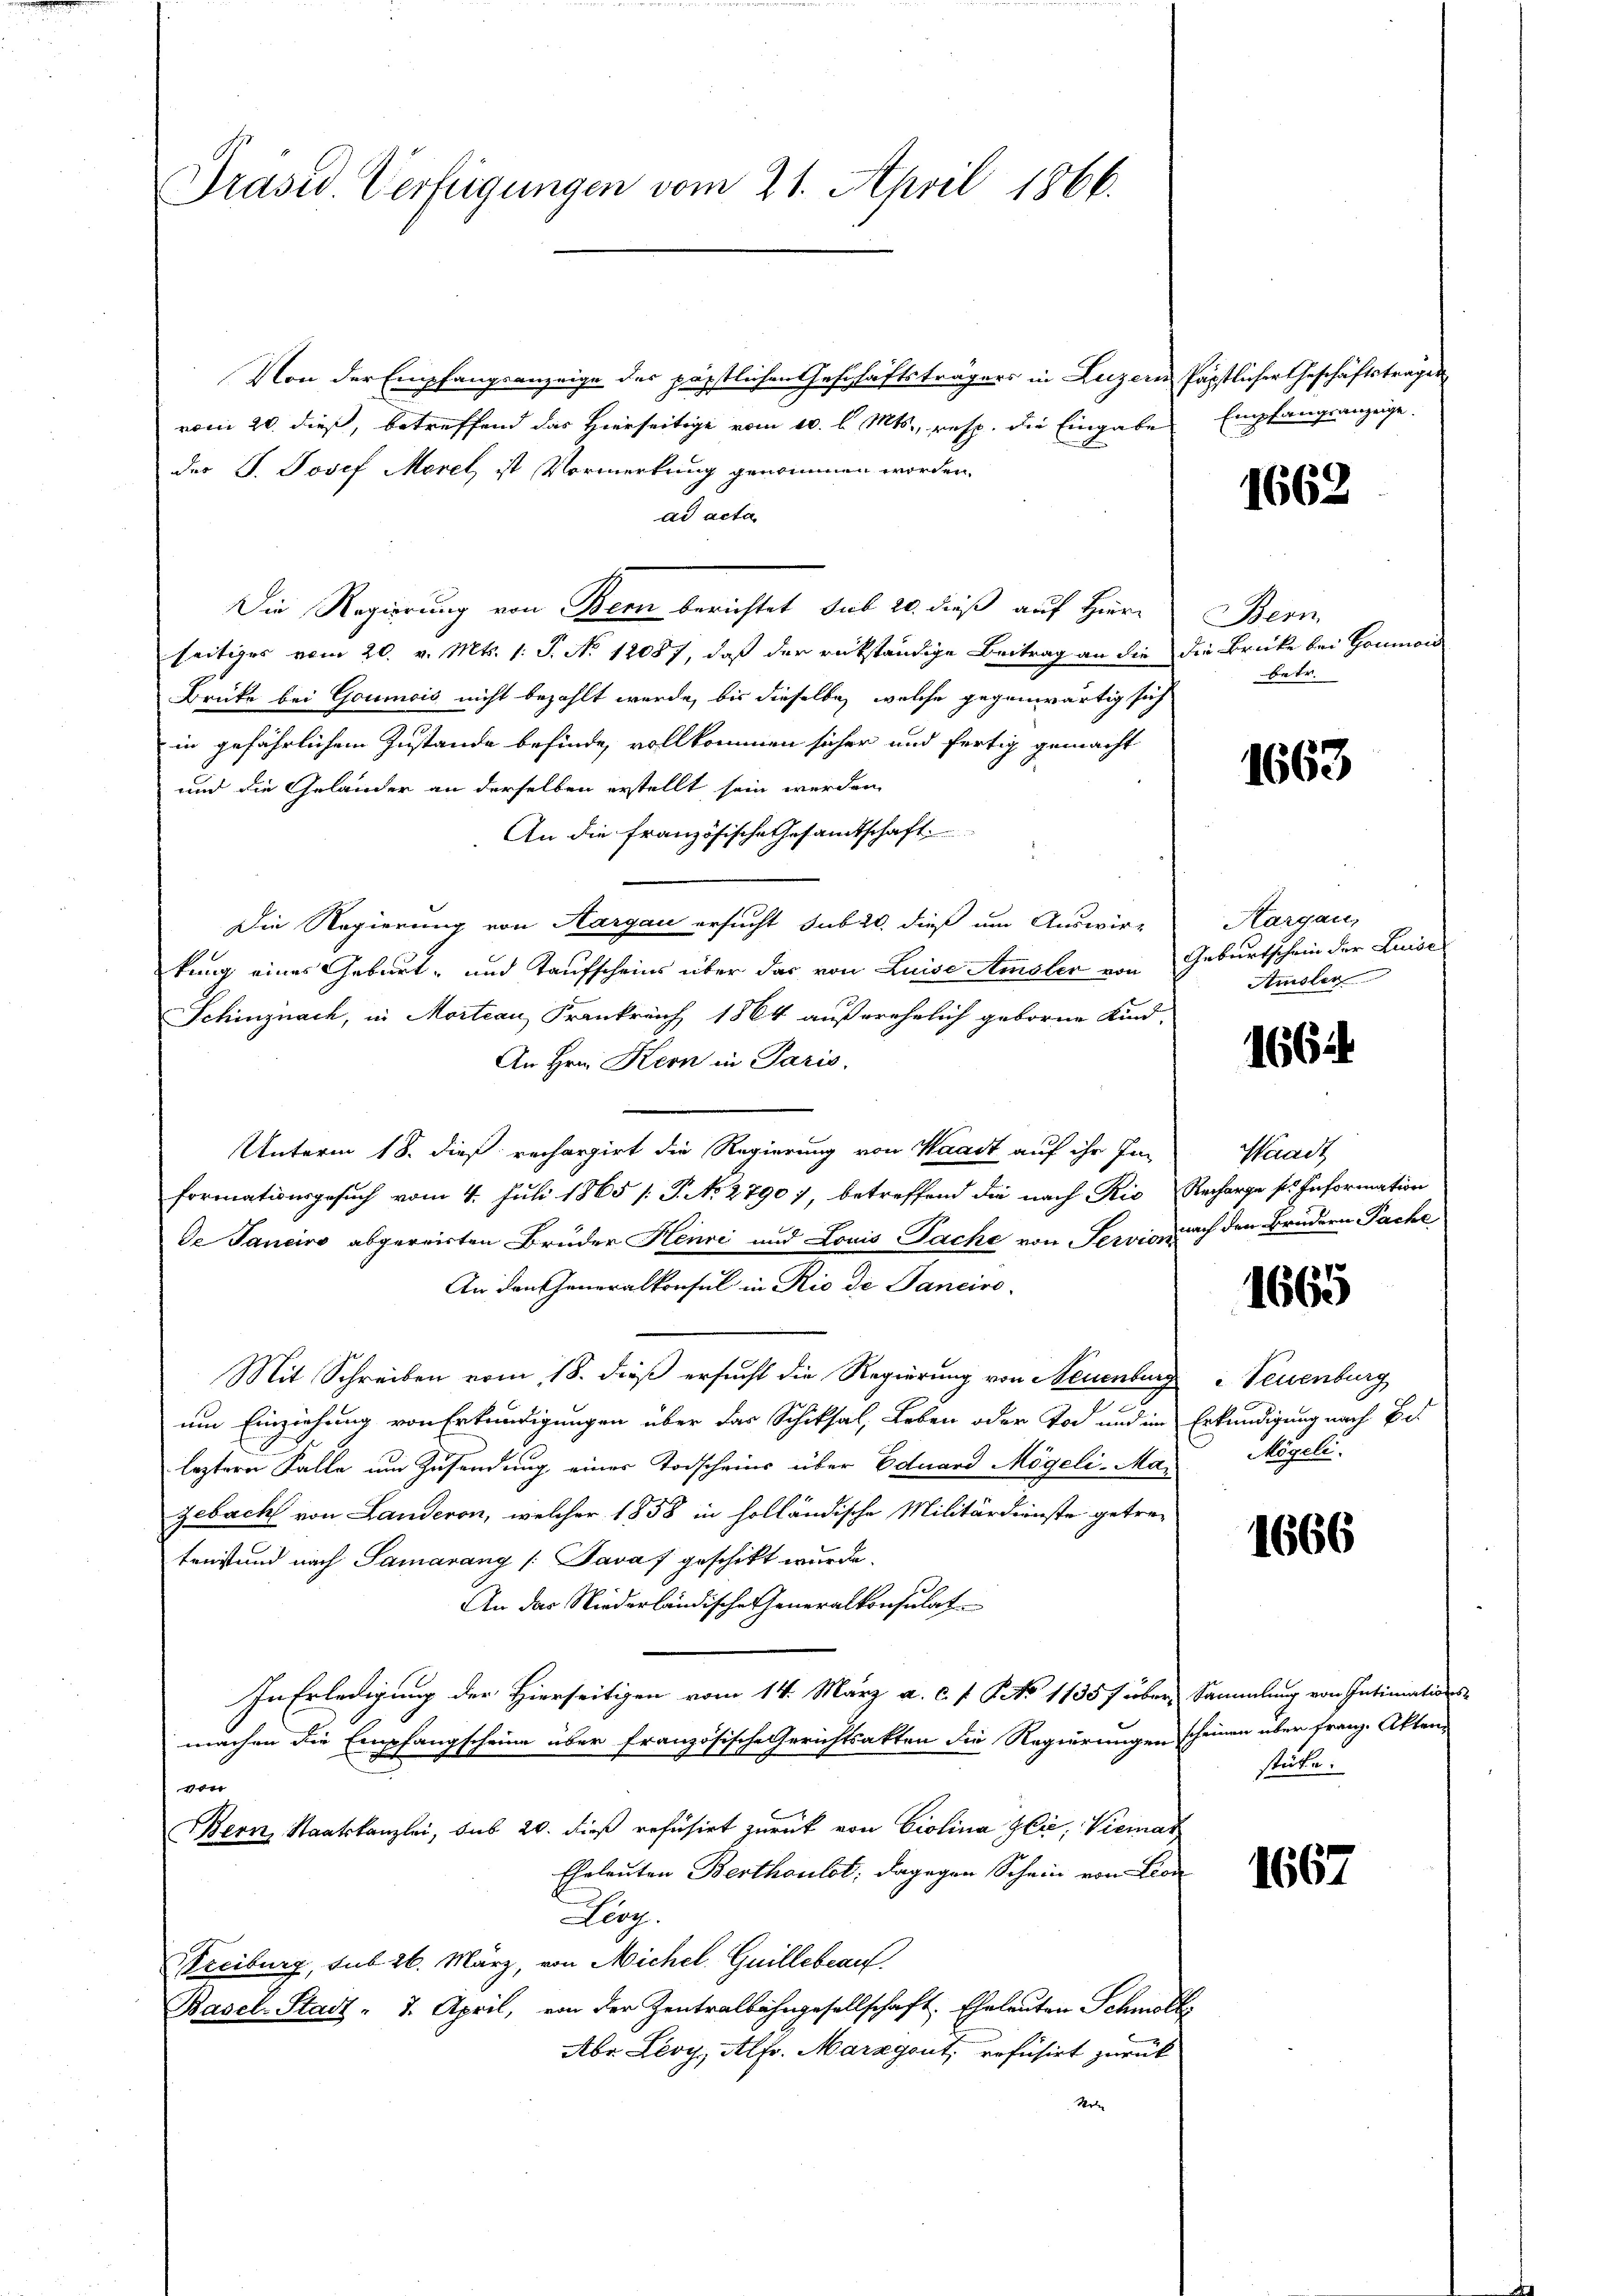
Präsid. Verfügungen vom 21. April 1866.

Von der Empfangsanzeige des päpstlichen Geschäftsträgers in Luzern päpstlicher Geschäftstragen
.
vom 20. dieß, betreffend das Hierseitige vom 10. l. Mts., resp. die Eingabe

des J. Josef Morel, ist Vormerkung genommen worden.
ad acta
Die Regierung von Bern berichtet sub 20. dieß auf Hier Bern
seitiges vom 20. v. Mts. 1. S. No 12087, daß der rükständige Beitrag an die die Brücke bei Goumois
Brüke bei Goumois nicht bezahlt werde, bis dieselbe, welche gegenwärtig sich
in gefährlichem Zustande befinde, vollkommen sicher und fertig gemacht
und die Geländer an derselben erstellt sein werden,
An die französische Gesamtschaft
Die Regierung von Aargau ersucht sub 20. dieß um Auswir-
kung eines Geburt- und Taufscheins über das von Luise Amsler von Geburtschein der Luise
Schinznach, in Mortian Frankreich 1864 außerehelich geborne Kind.
An Hrn. Kern in Paris.
Unterm 18. dieß rechargirt die Regierung von Waadt auf ihr Imformationsgesuch vom 4. Juli 1865 [P. No 2790), betreffend die nach Rio Recharge sr. Information
de Janeiro abgereisten Brüder Henri und Louis Pache von Servis nach den Brudern Pache
An den Generalkonsul in Rio de Panciro-
Mit Schreiben vom 18. dieß ersucht die Regierung von Neuenburg
7
um Einziehung von Erkundigungen über das Schiksal, Leben oder Tod und im Erkundigung nach Beleztern Falle um Zusendung einer Todscheins über Eduard Mögeli-Magebacht von Landeron, welcher 1858 in holländische Militärdienste getre-
tenstand nach Samarang /: Javaf geschikt wurde.
An das Niederländische Generalkonsulat
In Erledigung der Hierseitigen vom 14. März a. c. f. No 1135 f über Sammlung von Intimations-
machen die Empfangscheine über französische Gerichtsakten die Regierungen scheinen über franz. Akten¬
1
Bern, Staatskanzlei, sub 20. dieß refüsirt zurück von Giolina Gli, Viemal
Eheleuten Berthoulot; dagegen Schein von Leon
Hag.
Streiburg, sub 26. März, von Nichel, Guillebeauf
Basel-Stadt - 7. April, von der Zentralbahngesellschaft. Eheleuten Schmoll-
Aber Leoy, Alfr. Marzgout, rofusirt zurück
Wol

Empfangsanzeige.

1662

betr.

1663

Kargau,
Amsler

1664

Waadt

1665

Teuenburg
Mögeli.

1666

stücke.

1667